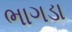
ભાગડા